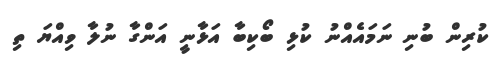
ކުރިން ބުނި ނަމައެއްނު ކުޅި ބޯކިބާ އަޅާނީ އަންގާ ނުލާ ވިއްޔަ ތި